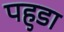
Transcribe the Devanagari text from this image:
पहुडा